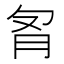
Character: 𰮌